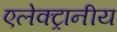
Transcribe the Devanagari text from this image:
एलेक्ट्रानीय